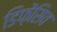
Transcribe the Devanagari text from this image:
डिफ़ेंसिव